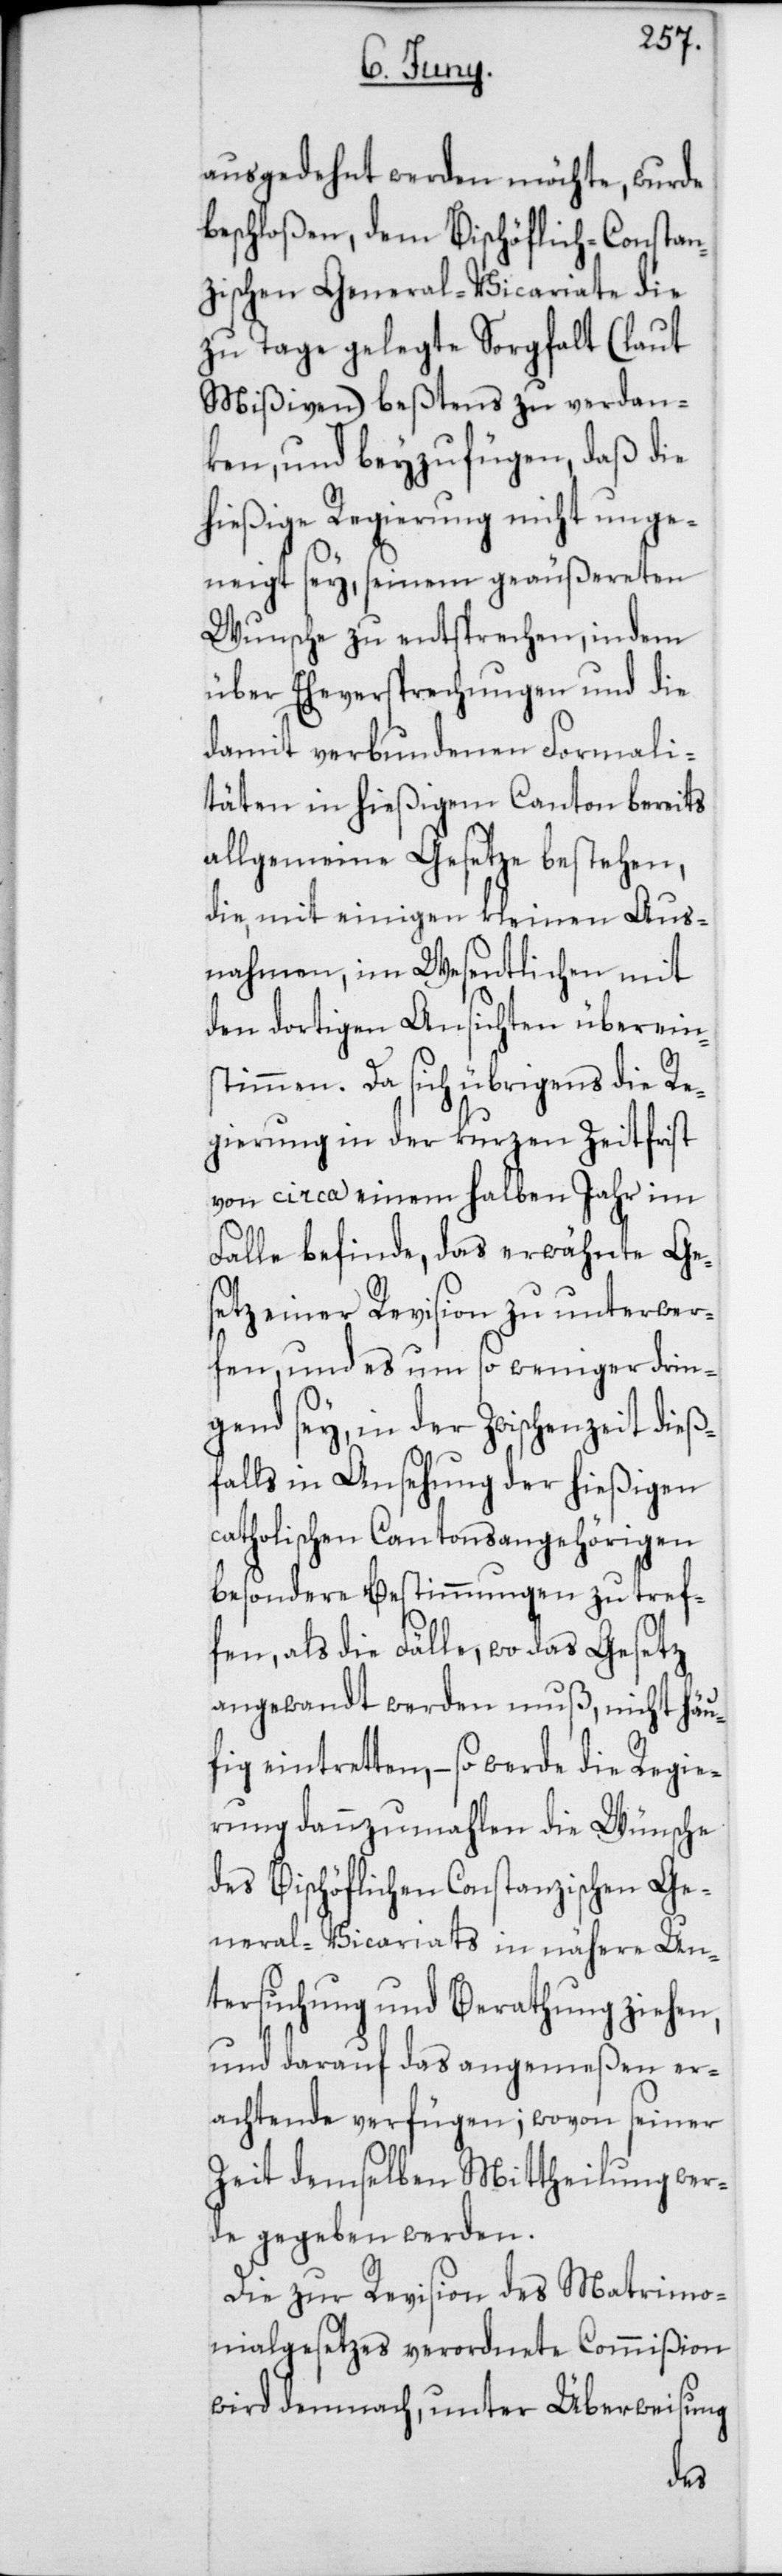
ausgedehnt werden möchte, wurde
beschloßen, dem Bischöflich-Constan¬
zischen General-Vicariate die
zu Tage gelegte Sorgfalt (laut
Mißiven) beßtens zu verdan¬
ken, und beyzufügen, daß die
hießige Regierung nicht unge¬
neigt sey, seinem geäußereten
Wunsche zu entsprechen, indem
über Eheversprechungen und die
damit verbundenen Formali¬
täten in hießigem Canton bereits
allgemeine Gesetze bestehen,
die, mit einigen kleinen Aus¬
nahmen, im Wesentlichen mit
den dortigen Ansichten überein¬
stimmen. Da sich übrigens die Re¬
gierung in der kurzen Zeitfrist
von circa einem halben Jahr im
Falle befinde, das erwähnte Ge¬
setz einer Revision zu unterwer¬
fen, und es um so weniger drin¬
gend sey, in der Zwischenzeit dieß¬
falls in Ansehung der hießigen
catholischen Cantonsangehörigen
besondere Bestimmungen zu tref¬
fen, als die Fälle, wo das Gesetz
angewandt werden muß, nicht häu¬
fig eintretten, – so werde die Regie¬
rung dannzumahlen die Wünsche
des Bischöflichen Constanzischen Ge¬
neral-Vicariats in nähere Un¬
tersuchung und Berathung ziehen,
und darauf das angemeßen Er¬
achtende verfügen; wovon seiner
Zeit demselben Mittheilung wer¬
de gegeben werden.
Die zur Revision des Matrimo¬
nialgesetzes verordnete Commißion
wird demnach, unter Überweisung